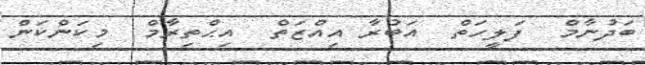
ބަދުނާމް  ފަލީހަތް  އަބުރާ އިއްޒަތް  އިޙްތިރާމް  މިކަންކަން